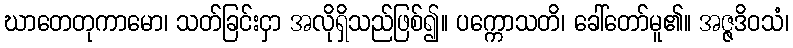
ဃာတေတုကာမော၊ သတ်ခြင်းငှာ အလိုရှိသည်ဖြစ်၍။ ပက္ကောသတိ၊ ခေါ်တော်မူ၏။ အဇ္ဇဒိဝသံ၊